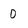
Character: 0